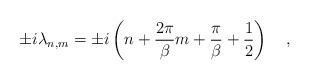
LaTeX: \begin{align*}\pm i \lambda_{n,m} = \pm i \left(n +{2 \pi \over \beta}m + {\pi \over \beta} + {1 \over 2} \right)~~~,\end{align*}